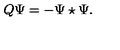
Q \Psi = - \Psi \star \Psi .